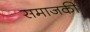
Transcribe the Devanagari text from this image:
समाजकी